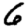
Digit: 6